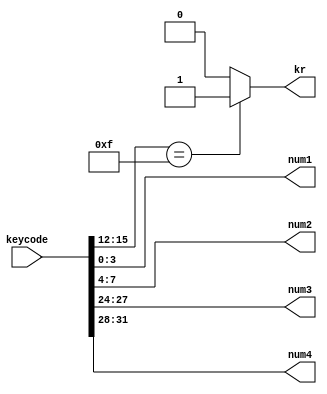

`timescale 1ns / 1ps
//////////////////////////////////////////////////////////////////////////////////
// Company: 
// Engineer: 
// 
// Design Name: 
// Module Name: revievekey_test_mod
// Project Name: 
// Target Devices: 
// Tool Versions: 
// Description: 
// 
// Dependencies: 
// 
// Revision:
// Revision 0.01 - File Created
// Additional Comments:
// 
//////////////////////////////////////////////////////////////////////////////////


module recievekey(

input [31:0] keycode,
output [3:0] num1, //first digit reading right to left
output [3:0] num2, // second digit reading right to left
output [3:0] num3,// first digit of "a" (previous number) reading right to left
output [3:0] num4, // second digit reading right to left
//output [15:0] krcode
output reg kr
    );

reg[8:0] key_up_down;

assign num1 [3:0] = keycode[3:0];    
assign num2 [3:0] = keycode[7:4];
assign num3 [3:0] = keycode[27:24];
assign num4 [3:0] = keycode[31:28];
//assign krcode [15:0] = keycode[23:8];

always@(keycode)begin
    if(keycode[15:12]==16'b1111)
        kr <=1 ;
      else
      kr<=0;
end
endmodule